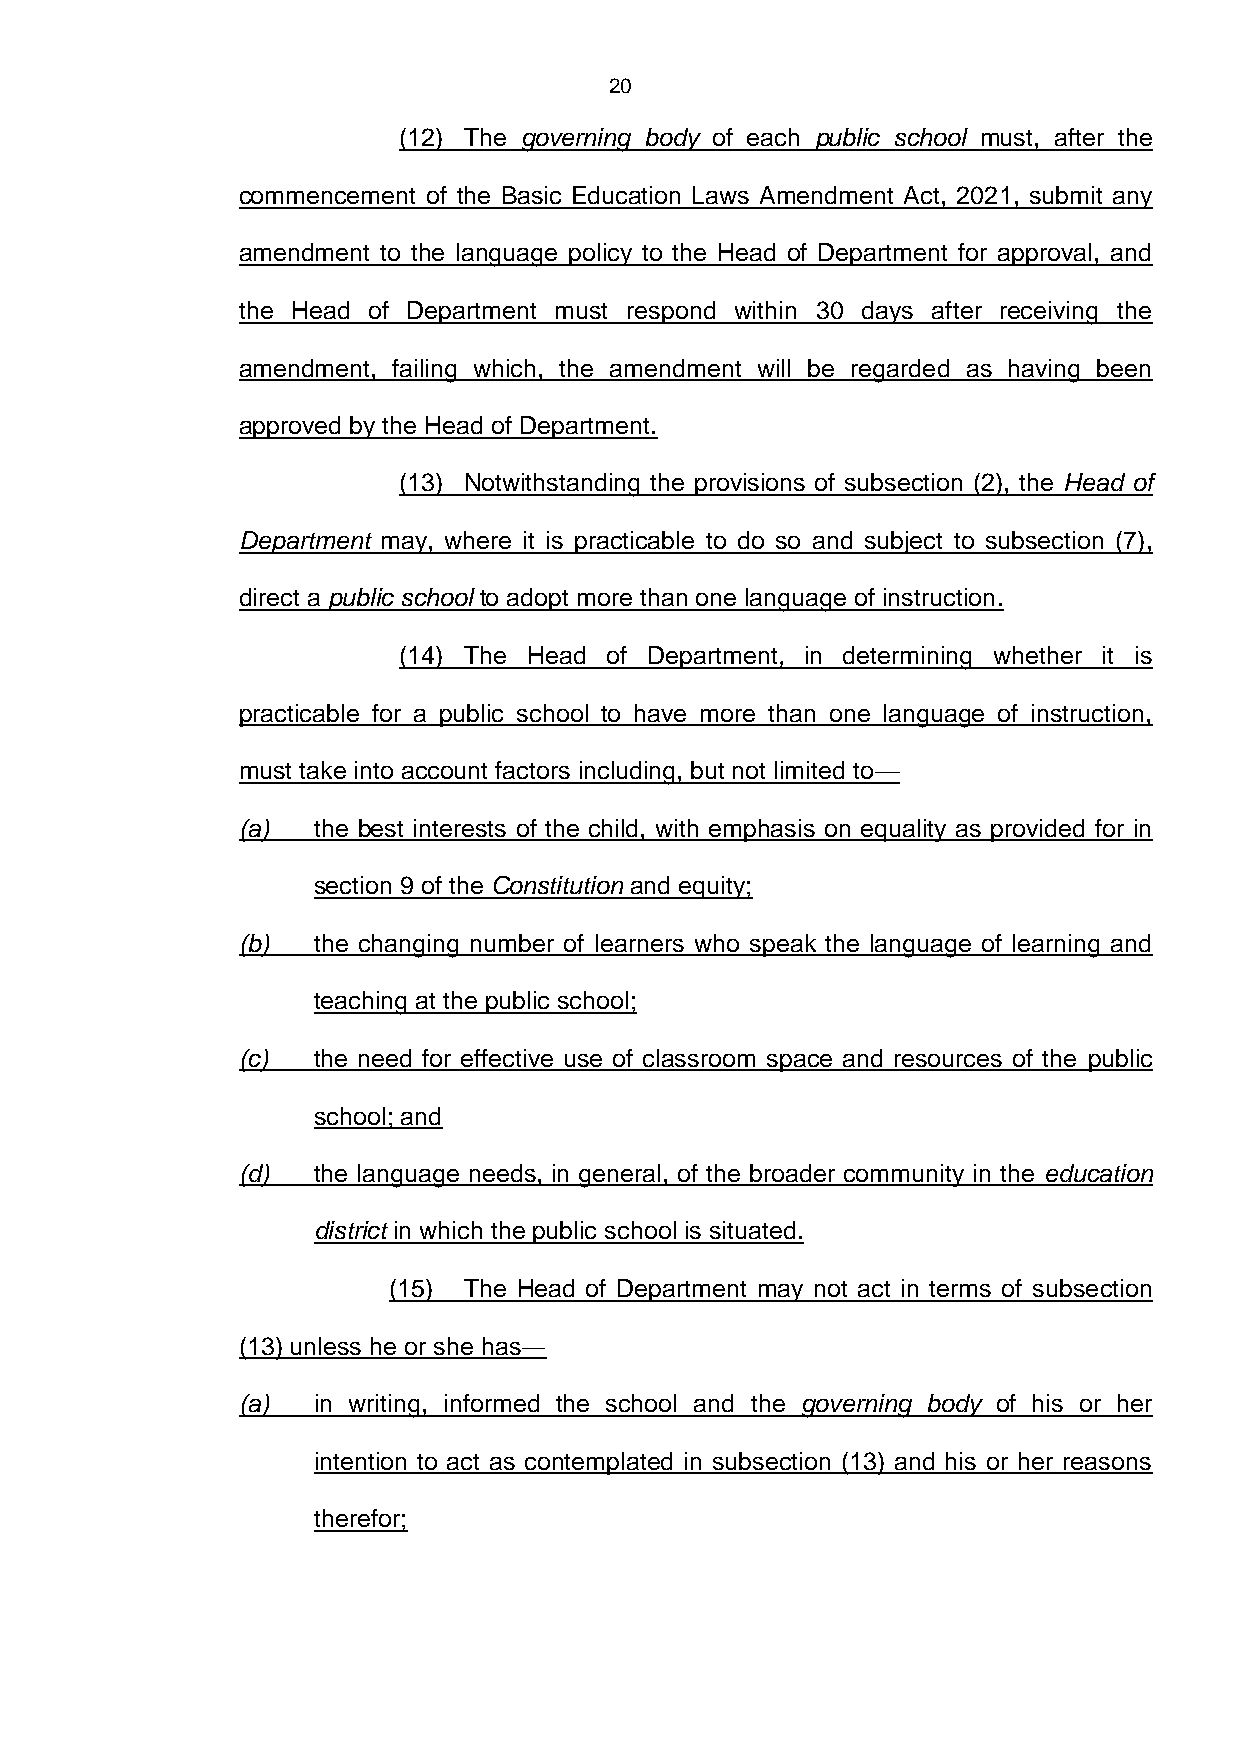
20
 (12) The governing body of each public school must, after the
 commencement of the Basic Education Laws Amendment Act, 2021, submit any
 amendment to the language policy to the Head of Department for approval, and
 the Head of Department must respond within 30 days after receiving the
 amendment, failing which, the amendment will be regarded as having been
 approved by the Head of Department.
 (13) Notwithstanding the provisions of subsection (2), the Head of
 Department may, where it is practicable to do so and subject to subsection (7),
 direct a public school to adopt more than one language of instruction.
 (14) The Head of Department, in determining whether it is
 practicable for a public school to have more than one language of instruction,
 must take into account factors including, but not limited to—
 (a)  the best interests of the child, with emphasis on equality as provided for in
 section 9 of the Constitution and equity;
 (b)  the changing number of learners who speak the language of learning and
 teaching at the public school;
 (c)  the need for effective use of classroom space and resources of the public
 school; and
 (d)  the language needs, in general, of the broader community in the education
 district in which the public school is situated.
 (15) The Head of Department may not act in terms of subsection
 (13) unless he or she has―
 (a)  in writing, informed the school and the governing body of his or her
 intention to act as contemplated in subsection (13) and his or her reasons
 therefor;